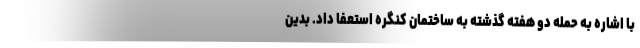
با اشاره به حمله دو هفته گذشته به ساختمان کنگره استعفا داد. بدین